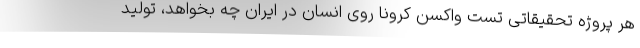
هر پروژه تحقیقاتی تست واکسن کرونا روی انسان در ایران چه بخواهد، تولید